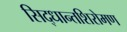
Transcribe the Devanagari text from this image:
सिद्धान्तशिरोमण